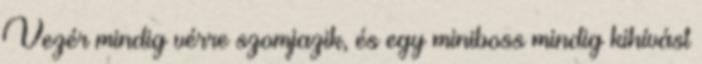
Vezér mindig vérre szomjazik, és egy miniboss mindig kihívást